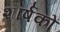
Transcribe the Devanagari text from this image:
शार्षकों